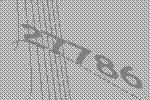
27786